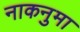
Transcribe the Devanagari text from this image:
नाकनुमा